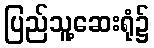
ပြည်သူ့ဆေးရုံ၌